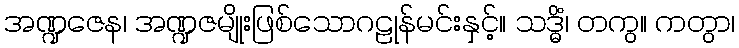
အဏ္ဍဇေန၊ အဏ္ဍဇမျိုးဖြစ်သောဂဠုန်မင်းနှင့်။ သဒ္ဓိံ၊ တကွ။ ကတွာ၊